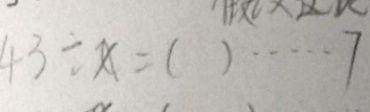
4 3 \div x = ( ) \cdots 7